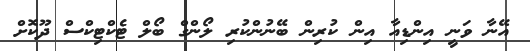
އޭނާ ވަނީ އިންޑިއާ އިން ކުރިން ބޭނުންކުރި ލޯންގް ބޯލް ޓެކްޓިކްސް ދޫކޮށް